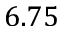
6 . 7 5